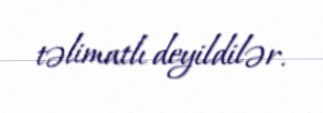
təlimatlı deyildilər.